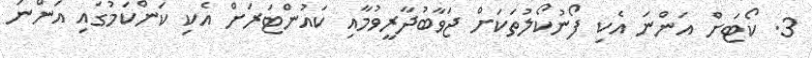
3. ކޯޓަށް އަންނަ އެކި ފޯނުކޯލުތަކަށް ޖަވާބުދާރީވުމާއި ކައުންޓަރަށް އެކި ކަންކަމުގައި އަންނަ